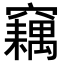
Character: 𥨱